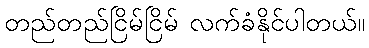
တည်တည်ငြိမ်ငြိမ် လက်ခံနိုင်ပါတယ်။